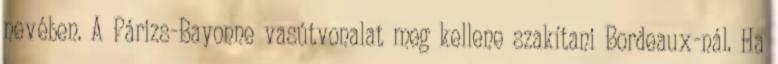
nevében. A Párizs-Bayonne vasútvonalat meg kellene szakítani Bordeaux-nál. Ha